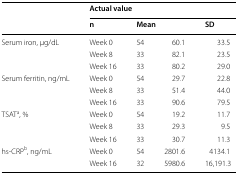
<table><thead><tr><td rowspan="2">[EMPTY_CELL]</td><td colspan="4"><b>Actual value</b></td></tr><tr><td><b>n</b></td><td colspan="2"><b>Mean</b></td><td><b>SD</b></td></tr></thead><tbody><tr><td rowspan="3">Serum iron, μg/dL</td><td>Week 0</td><td>54</td><td>60.1</td><td>33.5</td></tr><tr><td>Week 8</td><td>33</td><td>82.1</td><td>23.5</td></tr><tr><td>Week 16</td><td>33</td><td>80.2</td><td>29.0</td></tr><tr><td rowspan="3">Serum ferritin, ng/mL</td><td>Week 0</td><td>54</td><td>29.7</td><td>22.8</td></tr><tr><td>Week 8</td><td>33</td><td>51.4</td><td>44.0</td></tr><tr><td>Week 16</td><td>33</td><td>90.6</td><td>79.5</td></tr><tr><td rowspan="3">TSAT<sup>a</sup>, %</td><td>Week 0</td><td>54</td><td>19.2</td><td>11.7</td></tr><tr><td>Week 8</td><td>33</td><td>29.3</td><td>9.5</td></tr><tr><td>Week 16</td><td>33</td><td>30.7</td><td>11.3</td></tr><tr><td rowspan="2">hs-CRP<sup>b</sup>, ng/mL</td><td>Week 0</td><td>54</td><td>2801.6</td><td>4134.1</td></tr><tr><td>Week 16</td><td>32</td><td>5980.6</td><td>16,191.3</td></tr></tbody></table>